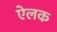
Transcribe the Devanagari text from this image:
ऐलक